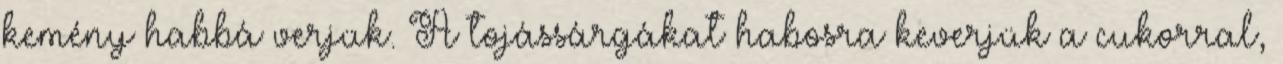
kemény habbá verjük. A tojássárgákat habosra keverjük a cukorral,